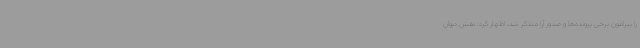
را پیرامون برخی پرونده‌ها و صدور آرا متذکر شد، اظهار کرد: نقش دیوان